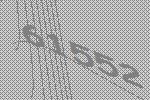
61552